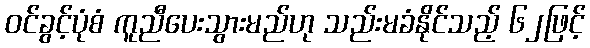
ဝင်ခွင့်ပုံစံ ကူညီပေးသွားမည်ဟု သည်းမခံနိုင်သည့် ၆၂ဖြင့်